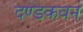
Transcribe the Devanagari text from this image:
दण्डकवन